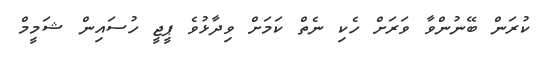
ކުރަން ބޭނުންވާ ވަރަށް ހެކި ނެތް ކަމަށް ވިދާޅުވެ ޕީޖީ ހުސައިން ޝަމީމް